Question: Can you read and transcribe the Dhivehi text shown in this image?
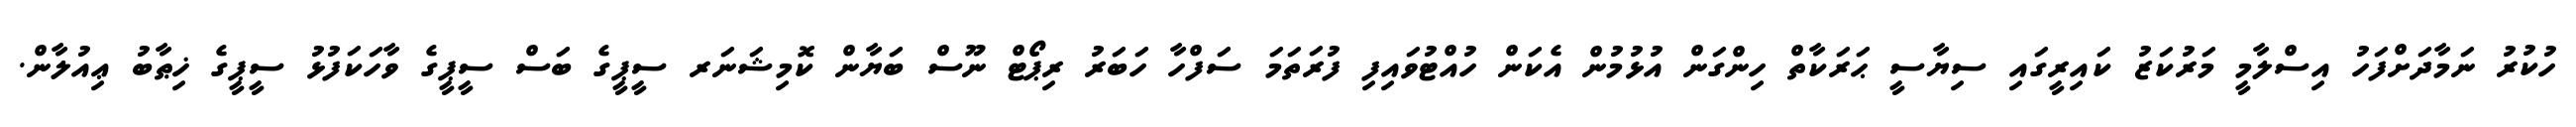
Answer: ހުކުރު ނަމާދަށްފަހު އިސްލާމީ މަރުކަޒު ކައިރީގައި ސިޔާސީ ޙަރަކާތް ހިންގަން އުޅުމުން އެކަން ހުއްޓުވައިފި ފުރަތަމަ ސަފްހާ ހަބަރު ރިޕޯޓް ނޫސް ބަޔާން ކޮމިޝަނަރ ސީޕީގެ ބަސް ސީޕީގެ ވާހަކަފުޅު ސީޕީގެ ޚިޠާބު ޢިއުލާން.